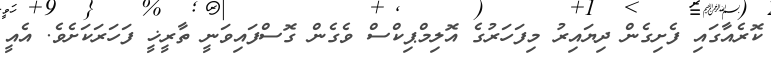
ކޮރެއާގައި ފެށިގެން ދިޔައިރު މިފަހަރުގެ އޮލިމްޕިކްސް ވެގެން ގޮސްފައިވަނީ ތާރީޚީ ފަހަރަކަށެވެ. އެއީ